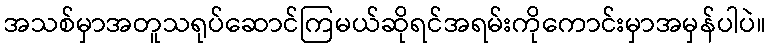
အသစ်မှာအတူသရုပ်ဆောင်ကြမယ်ဆိုရင်အရမ်းကိုကောင်းမှာအမှန်ပါပဲ။